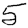
Digit: 5